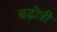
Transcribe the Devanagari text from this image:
बढो़त्री